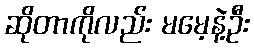
ဆိုတာကိုလည်း မမေ့နဲ့ဦး